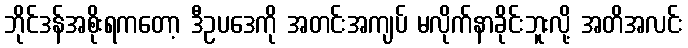
ဘိုင်ဒန်အစိုးရကတော့ ဒီဥပဒေကို အတင်းအကျပ် မလိုက်နာခိုင်းဘူးလို့ အတိအလင်း